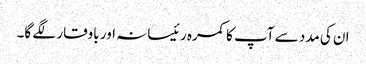
ان کی مدد سے آپ کا کمرہ رئیسانہ اور باوقار لگے گا۔